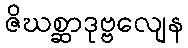
ဇိဃစ္ဆာဒုဗ္ဗလျေန